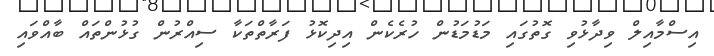
އިސްމާއިލް ވިދާޅުވި ގޮތުގައި މަޑުމަޑުން ހުރެކެން އިދިކޮޅު ފަރާތްތަކާ ސިއްރުން ގުޅުންތައް ބާއްވައި